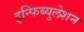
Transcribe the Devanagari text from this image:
इन्फिब्युलेशन